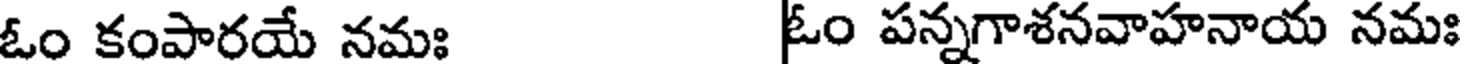
ఓం కంపారయే నమః ఓం పన్నగాశనవాహనాయ నమః